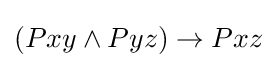
(Pxy\land Pyz)\rightarrow Pxz